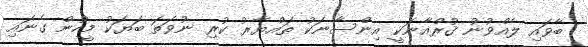
ބާވައި ލެއްވުނު ޤުރްއާނަކީ އިންސާނަކު ތައްޔާރު ކުރި ނުވަތަ ބަޔަކު މީހުން ގެނައި